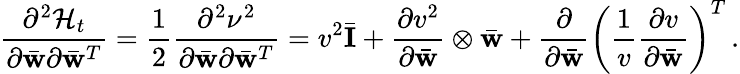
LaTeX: \frac{\partial^{2}{\cal H}_{t}}{\partial\bar{\mathbf w}\partial\bar{\mathbf w}^{T}}=\frac{1}{2}\frac{\partial^{2}\nu^{2}}{\partial\bar{\mathbf w}\partial\bar{\mathbf w}^{T}}=v^{2}\bar{\mathbf I}+\frac{\partial v^{2}}{\partial\bar{\mathbf w}}\otimes\bar{\mathbf w}+\frac{\partial}{\partial\bar{\mathbf w}}\left(\frac{1}{v}\frac{\partial v}{\partial\bar{\mathbf w}}\right)^{T}\, .